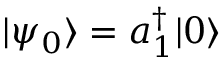
| \psi _ { 0 } \rangle = a _ { 1 } ^ { \dagger } | 0 \rangle